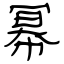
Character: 幂